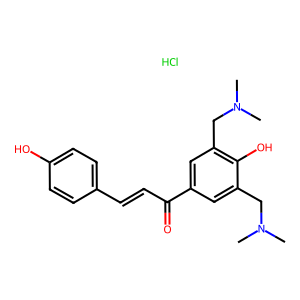
SMILES: CN(C)Cc1cc(C(=O)C=Cc2ccc(O)cc2)cc(CN(C)C)c1O.Cl
Inhibits HIV replication: No